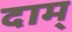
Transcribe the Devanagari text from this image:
दाम्